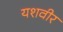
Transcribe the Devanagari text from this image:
यशवीर